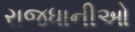
રાજધાનીઓ